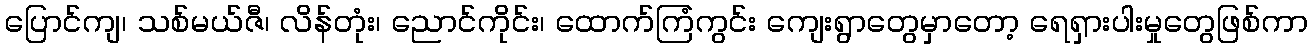
ပြောင်ကျ၊ သစ်မယ်ဇီ၊ လိန်တုံး၊ ညောင်ကိုင်း၊ ထောက်ကြံကွင်း ကျေးရွာတွေမှာတော့ ရေရှားပါးမှုတွေဖြစ်ကာ